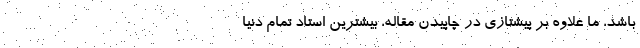
باشد، ما علاوه بر پیشتازی در چاپیدن مقاله، بیشترین استاد تمام دنیا